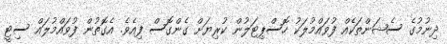
ދިނުމުގެ ސެޝަންތަކެއް ފުވައްމުލަކު ހޮސްޕިޓަލުން ކުރިޔަށް ގެންގޮސް ފިއެވެ. އެގޮތުން ފުވައްމުލައް ސިޓީ